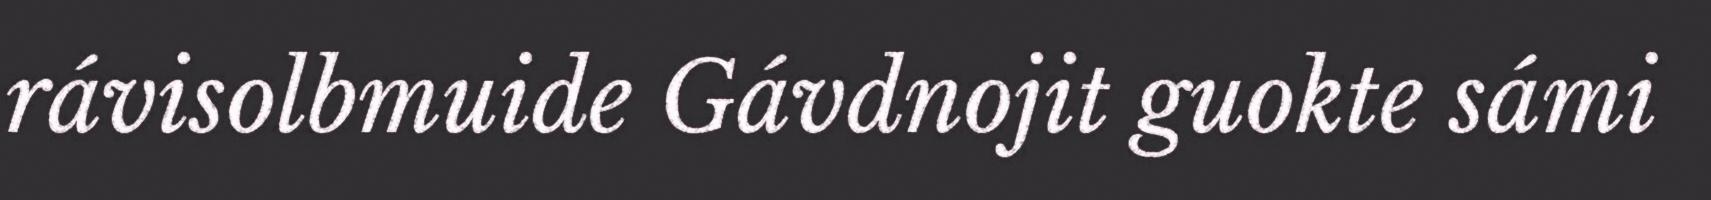
rávisolbmuide Gávdnojit guokte sámi